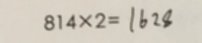
8 1 4 \times 2 = 1 6 2 8